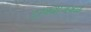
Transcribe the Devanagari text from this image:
टाक्याजवळ